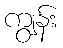
ကျွန်း